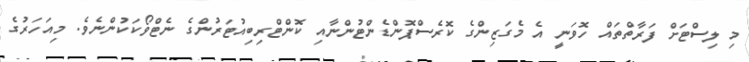
މި ލިސްޓަށް ފަރާތްތައް ހޮވަނީ އެ މެގަޒިންގެ ކޮރެސްޕޮންޑެންޓުންނާއި ކޮންޓްރިބިއުޓަރުންގެ ނެޓްވޯކަކުންނެވެ. މިއަހަރުގެ